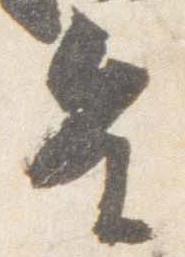
皇